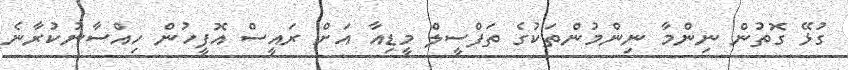
ގުޅޭ ގޮތުން ނިންމާ ނިންމުންތަކުގެ ތަފްސީލް މީޑިއާ އަށް ރައީސް އޮފީހުން ހިއްސާނުކުރާނެ